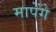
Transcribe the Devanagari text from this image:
मापेंगे